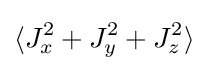
\langle J_{x}^{2}+J_{y}^{2}+J_{z}^{2}\rangle